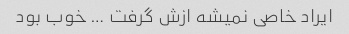
ایراد خاصی نمیشه ازش گرفت … خوب بود